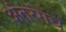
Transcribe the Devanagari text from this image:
अंतरंगच